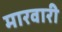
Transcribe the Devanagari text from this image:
मारवारी